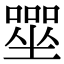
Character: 𡀓